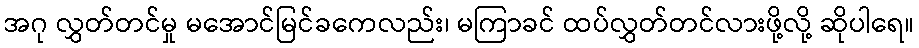
အဂု လွှတ်တင်မှု မအောင်မြင်ခကေလည်း၊ မကြာခင် ထပ်လွှတ်တင်လားဖို့လို့ ဆိုပါရေ။